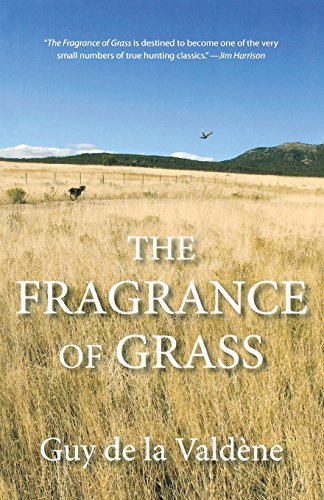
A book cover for Fragrance of Grass; Guy de la Valdene; Biographies & Memoirs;